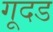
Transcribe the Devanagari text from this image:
गूदड